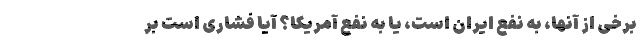
برخی از آنها، به نفع ایران است، یا به نفع آمریکا؟ آیا فشاری است بر